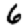
Digit: 6